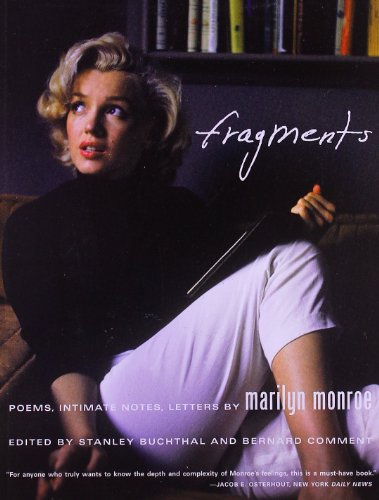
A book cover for Fragments: Poems, Intimate Notes, Letters; Marilyn Monroe; Literature & Fiction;